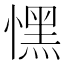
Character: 𢡀